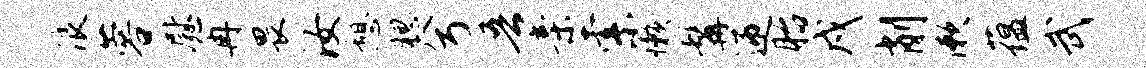
浪蓉慰冉畏汝憩腮兮吾亲索懒髯迎胎戍削漱蕴武